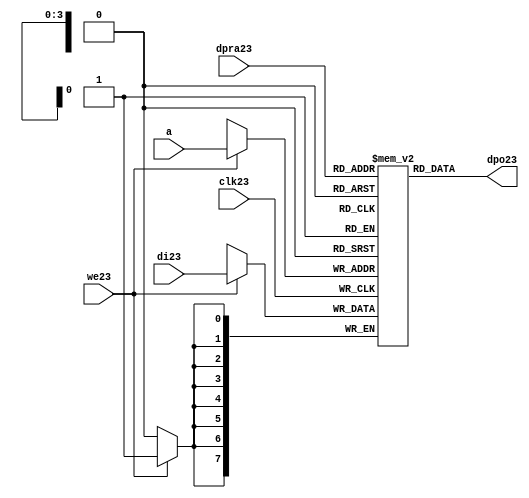
//////////////////////////////////////////////////////////////////////
////                                                              ////
////  raminfr23.v                                                   ////
////                                                              ////
////                                                              ////
////  This23 file is part of the "UART23 16550 compatible23" project23    ////
////  http23://www23.opencores23.org23/cores23/uart1655023/                   ////
////                                                              ////
////  Documentation23 related23 to this project23:                      ////
////  - http23://www23.opencores23.org23/cores23/uart1655023/                 ////
////                                                              ////
////  Projects23 compatibility23:                                     ////
////  - WISHBONE23                                                  ////
////  RS23223 Protocol23                                              ////
////  16550D uart23 (mostly23 supported)                              ////
////                                                              ////
////  Overview23 (main23 Features23):                                   ////
////  Inferrable23 Distributed23 RAM23 for FIFOs23                        ////
////                                                              ////
////  Known23 problems23 (limits23):                                    ////
////  None23                .                                       ////
////                                                              ////
////  To23 Do23:                                                      ////
////  Nothing so far23.                                             ////
////                                                              ////
////  Author23(s):                                                  ////
////      - gorban23@opencores23.org23                                  ////
////      - Jacob23 Gorban23                                          ////
////                                                              ////
////  Created23:        2002/07/22                                  ////
////  Last23 Updated23:   2002/07/22                                  ////
////                  (See log23 for the revision23 history23)          ////
////                                                              ////
////                                                              ////
//////////////////////////////////////////////////////////////////////
////                                                              ////
//// Copyright23 (C) 2000, 2001 Authors23                             ////
////                                                              ////
//// This23 source23 file may be used and distributed23 without         ////
//// restriction23 provided that this copyright23 statement23 is not    ////
//// removed from the file and that any derivative23 work23 contains23  ////
//// the original copyright23 notice23 and the associated disclaimer23. ////
////                                                              ////
//// This23 source23 file is free software23; you can redistribute23 it   ////
//// and/or modify it under the terms23 of the GNU23 Lesser23 General23   ////
//// Public23 License23 as published23 by the Free23 Software23 Foundation23; ////
//// either23 version23 2.1 of the License23, or (at your23 option) any   ////
//// later23 version23.                                               ////
////                                                              ////
//// This23 source23 is distributed23 in the hope23 that it will be       ////
//// useful23, but WITHOUT23 ANY23 WARRANTY23; without even23 the implied23   ////
//// warranty23 of MERCHANTABILITY23 or FITNESS23 FOR23 A PARTICULAR23      ////
//// PURPOSE23.  See the GNU23 Lesser23 General23 Public23 License23 for more ////
//// details23.                                                     ////
////                                                              ////
//// You should have received23 a copy of the GNU23 Lesser23 General23    ////
//// Public23 License23 along23 with this source23; if not, download23 it   ////
//// from http23://www23.opencores23.org23/lgpl23.shtml23                     ////
////                                                              ////
//////////////////////////////////////////////////////////////////////
//
// CVS23 Revision23 History23
//
// $Log: not supported by cvs2svn23 $
// Revision23 1.1  2002/07/22 23:02:23  gorban23
// Bug23 Fixes23:
//  * Possible23 loss of sync and bad23 reception23 of stop bit on slow23 baud23 rates23 fixed23.
//   Problem23 reported23 by Kenny23.Tung23.
//  * Bad (or lack23 of ) loopback23 handling23 fixed23. Reported23 by Cherry23 Withers23.
//
// Improvements23:
//  * Made23 FIFO's as general23 inferrable23 memory where possible23.
//  So23 on FPGA23 they should be inferred23 as RAM23 (Distributed23 RAM23 on Xilinx23).
//  This23 saves23 about23 1/3 of the Slice23 count and reduces23 P&R and synthesis23 times.
//
//  * Added23 optional23 baudrate23 output (baud_o23).
//  This23 is identical23 to BAUDOUT23* signal23 on 16550 chip23.
//  It outputs23 16xbit_clock_rate - the divided23 clock23.
//  It's disabled by default. Define23 UART_HAS_BAUDRATE_OUTPUT23 to use.
//

//Following23 is the Verilog23 code23 for a dual23-port RAM23 with asynchronous23 read. 
module raminfr23   
        (clk23, we23, a, dpra23, di23, dpo23); 

parameter addr_width23 = 4;
parameter data_width23 = 8;
parameter depth = 16;

input clk23;   
input we23;   
input  [addr_width23-1:0] a;   
input  [addr_width23-1:0] dpra23;   
input  [data_width23-1:0] di23;   
//output [data_width23-1:0] spo23;   
output [data_width23-1:0] dpo23;   
reg    [data_width23-1:0] ram23 [depth-1:0]; 

wire [data_width23-1:0] dpo23;
wire  [data_width23-1:0] di23;   
wire  [addr_width23-1:0] a;   
wire  [addr_width23-1:0] dpra23;   
 
  always @(posedge clk23) begin   
    if (we23)   
      ram23[a] <= di23;   
  end   
//  assign spo23 = ram23[a];   
  assign dpo23 = ram23[dpra23];   
endmodule